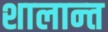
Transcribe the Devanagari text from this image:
शालान्‍त